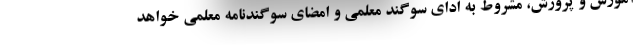
آموزش و پرورش، مشروط به ادای سوگند معلمی و امضای سوگندنامه معلمی خواهد